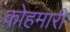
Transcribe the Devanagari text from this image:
कोहमारी